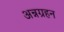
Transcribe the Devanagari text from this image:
अन्नग्रहन